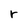
Character: r